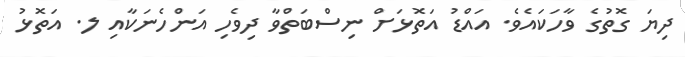
ދިޔަ ގޮތުގެ ވާހަކައެވެ. އައްޑު އަތޮޅަށް ނިސްބަތްވާ ދިވެހި އަންހެނަކާއި ލ. އަތޮޅު